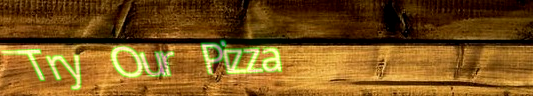
Try Our Pizza